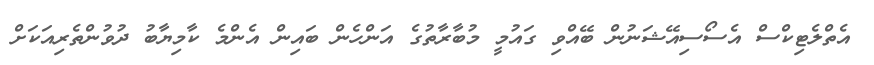
އެތްލެޓިކްސް އެސޯސިއޭޝަނުން ބޭއްވި ގައުމީ މުބާރާތުގެ އަންހެން ބައިން އެންމެ ކާމިޔާބު ދުވުންތެރިއަކަށް